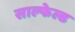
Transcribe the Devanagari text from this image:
साल्फेल्ड